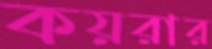
কয়রার